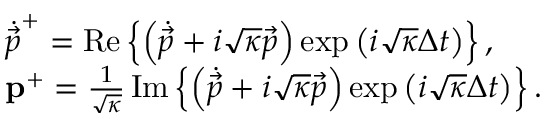
\begin{array} { r l } & { \dot { \vec { p } } ^ { + } = \operatorname { R e } \left\{ \left( \dot { \vec { p } } + i \sqrt { \kappa } \vec { p } \right) \exp \left( i \sqrt { \kappa } \Delta t \right) \right\} , } \\ & { \mathbf { p } ^ { + } = \frac { 1 } { \sqrt { \kappa } } \operatorname { I m } \left\{ \left( \dot { \vec { p } } + i \sqrt { \kappa } \vec { p } \right) \exp \left( i \sqrt { \kappa } \Delta t \right) \right\} . } \end{array}